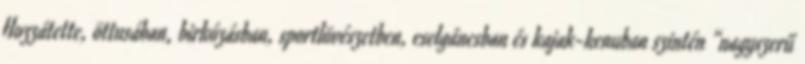
Hozzátette, öttusában, birkózásban, sportlövészetben, cselgáncsban és kajak-kenuban szintén “nagyszerű